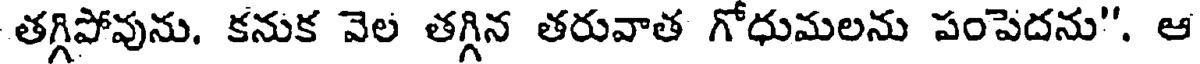
తగ్గిపోవును. కనుక వెల తగ్గిన తరువాత గోధుమలను పంపెదను". ఆ